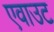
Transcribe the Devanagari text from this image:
एवाउट